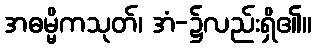
အဓမ္မိကသုတ်၊ အံ-၌လည်းရှိ၏။